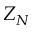
Z _ { N }